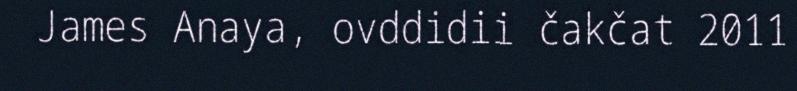
James Anaya, ovddidii čakčat 2011